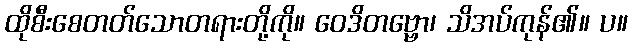
ထိုစီးစေတတ်သောတရားတို့ကို။ ဝေဒိတဗ္ဗော၊ သိအပ်ကုန်၏။ ပ။